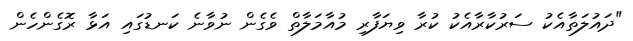
"ދައުލަތާއެކު ސަރުކާރާއެކު ކުރާ ވިޔަފާރި މުއާމަލާތް ވެގެން ނުވާނެ ކަނޑުގައި އަޅާ ރޮގެންހެން